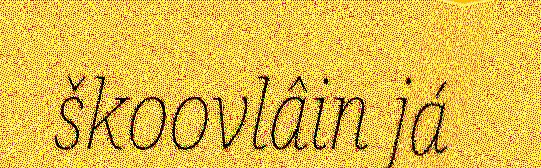
škoovlâin já